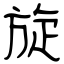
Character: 旋